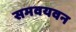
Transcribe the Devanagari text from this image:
समवयवन